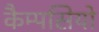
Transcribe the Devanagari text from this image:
कैम्पसियो